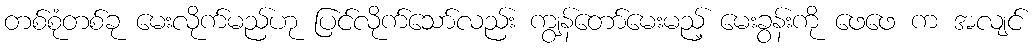
တစ်စုံတစ်ခု မေးလိုက်မည်ဟု ပြင်လိုက်သော်လည်း ကျွန်တော်မေးမည့် မေးခွန်းကို ဖေဖေ က အလျင်